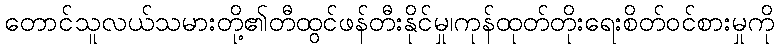
တောင်သူလယ်သမားတို့၏တီထွင်ဖန်တီးနိုင်မှု၊ကုန်ထုတ်တိုးရေးစိတ်ဝင်စားမှုကို